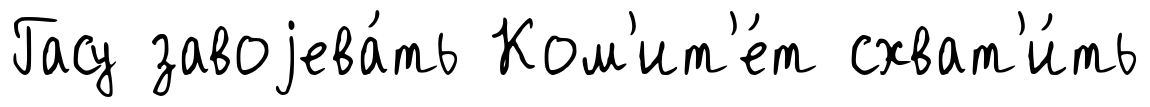
Гасу завоjева́ть Ком'ит'е́т схват'и́ть